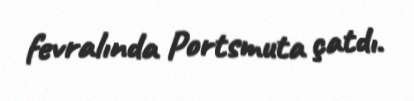
fevralında Portsmuta çatdı.